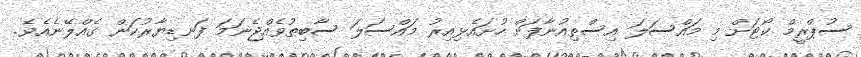
ސުޕްރީމް ކޯޓަށް މި މައްސަލަ އިސްތިއުނާފަށް ހުށައެޅިއިރު މައްސަލަ ސާބިތުވެއްޖެނަމަ ފަނޑިޔާރުކަން ގެއްލޭނެއެވެ.